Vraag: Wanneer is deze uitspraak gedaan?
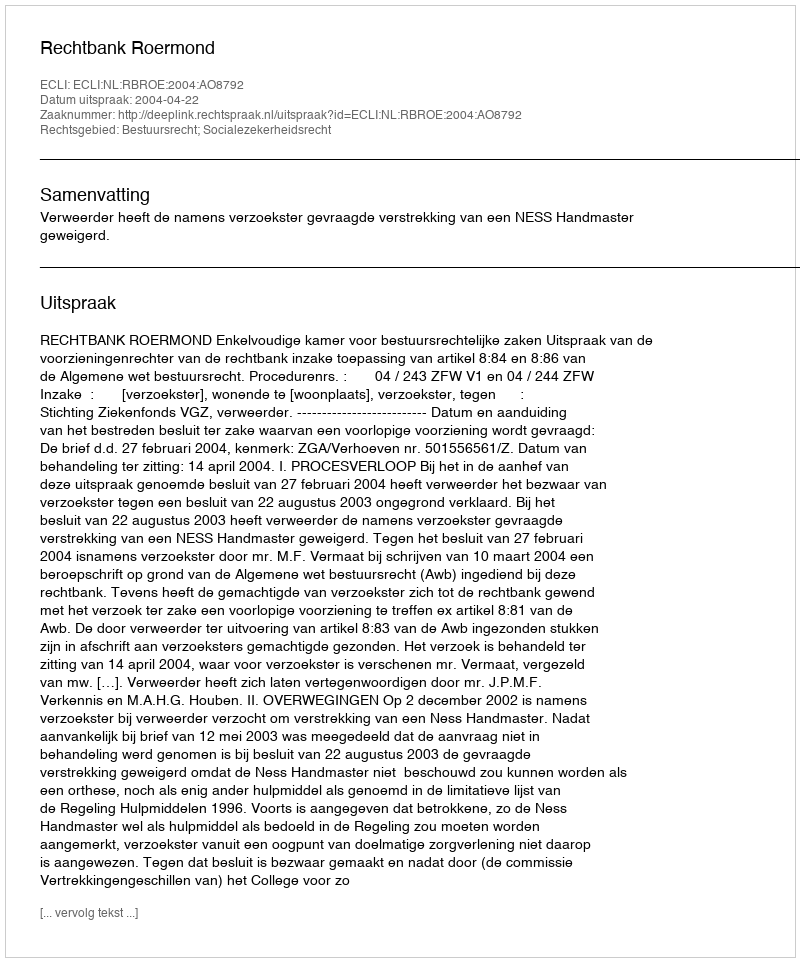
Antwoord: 2004-04-22